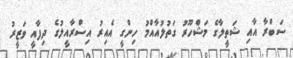
ސަބްރާ އާއި ޝަތީލާގެ މަޝްހޫރު ގަތުލުއާއްމު ހިންގީ އެއިރު އިސްރާއީލުގެ ދިފާއީ ވަޒީރު